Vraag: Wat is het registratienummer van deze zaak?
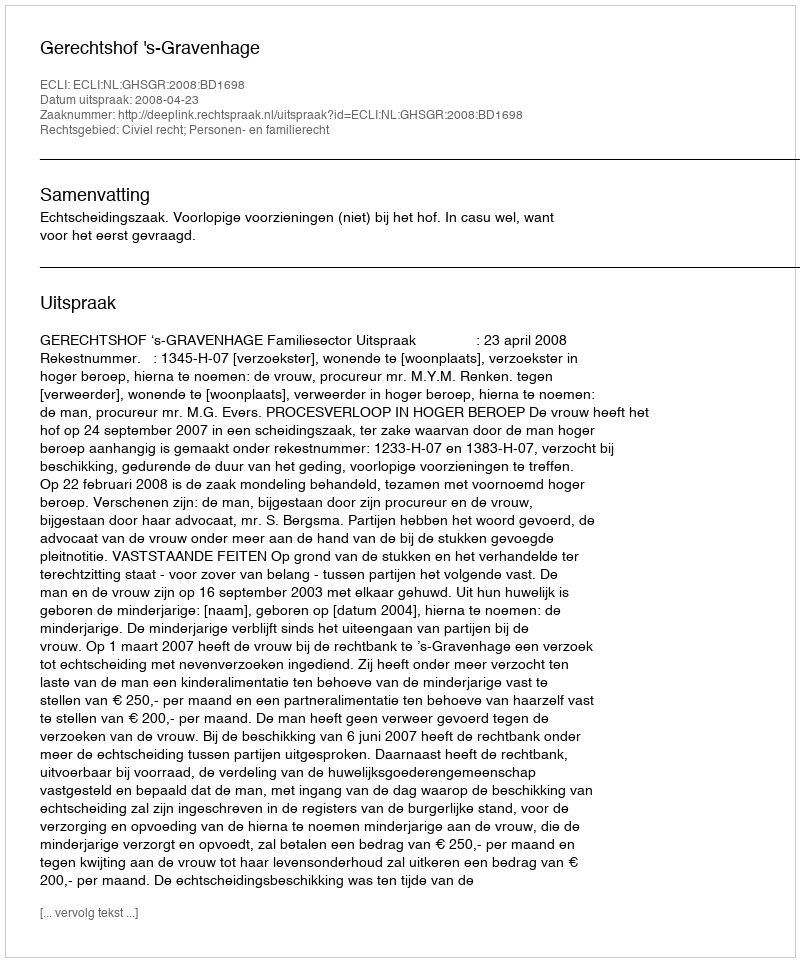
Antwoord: http://deeplink.rechtspraak.nl/uitspraak?id=ECLI:NL:GHSGR:2008:BD1698